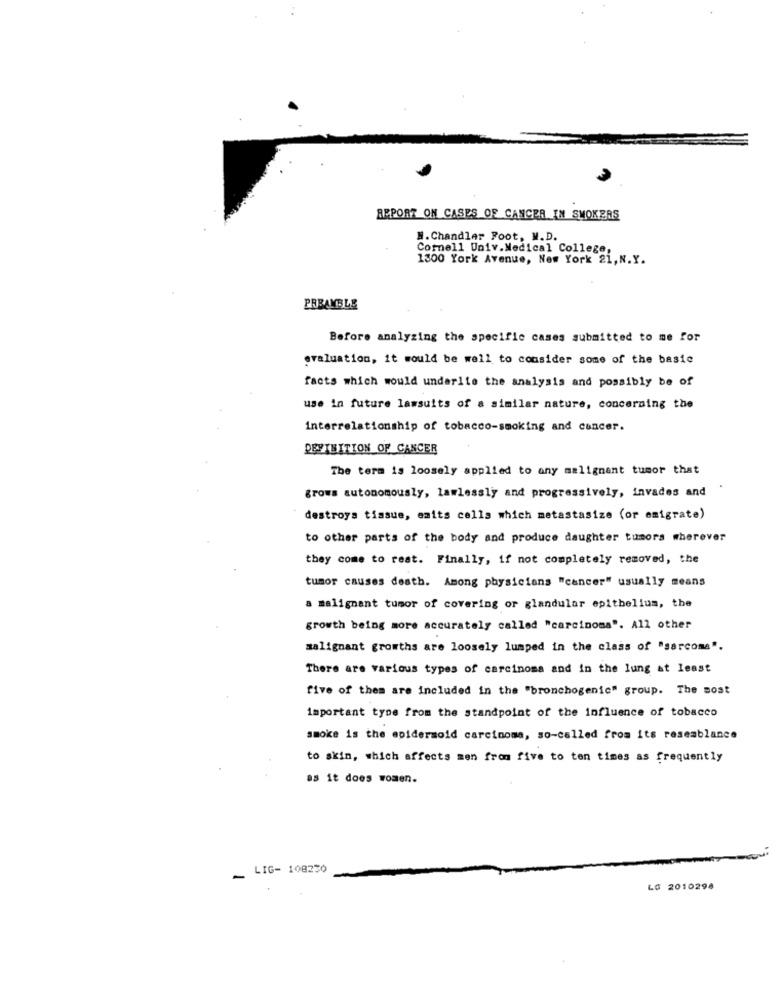
REPORT ON CASES OF CANCER IN SMOKERS
M. Chandler Foot, M.D.
Cornell Univ.Medical College,
1300 York Avenue, New York 21, N.Y.
PREAMBLE
Before analyzing the specific cases submitted to me for
evaluation, it would be well to consider some of the basic
facts which would underlie the analysis and possibly be of
use in future lawsuits of a similar nature, concerning the
interrelationship of tobacco-smoking and cancer.
DEFINITION OF CANCER
The term is loosely applied to any malignant tumor that
grows autonomously, lawlessly and progressively, invades and
destroys tissue, eaits cells which metastasize (or emigrate)
to other parts of the body and produce daughter tumors wherever
they come to rest. Finally, if not completely removed, the
tumor causes death. Among physicians "cancer" usually means
a malignant tumor of covering or glandular epithelium, the
growth being more accurately called "carcinoma". All other
malignant growths are loosely lumped in the class of "sarcome".
There are various types of carcinoma and in the lung at least
five of them are included in the "bronchogenic" group. The most
important type from the standpoint of the influence of tobacco
smoke is the epidermoid carcinoma, so-called from its resemblance
to skin, which affects men from five to ten times as frequently
as it does women.
- LIG- 108230
LO 2010298